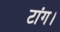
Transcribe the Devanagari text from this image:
टांग।